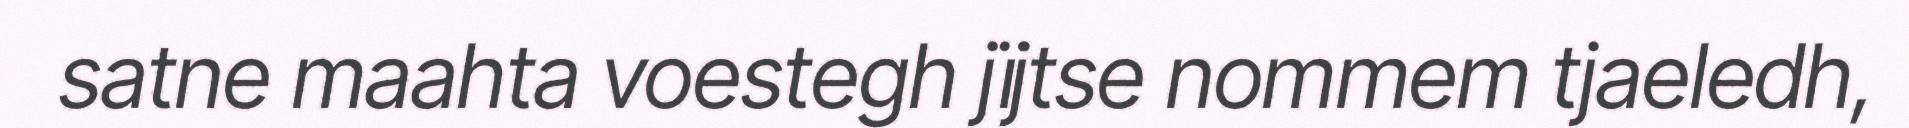
satne maahta voestegh jïjtse nommem tjaeledh,